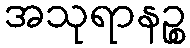
အသုရာနဉ္စ